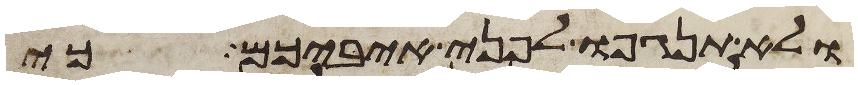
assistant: ולא תנגפו לפני איביכם כי